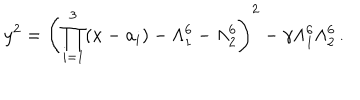
y ^ { 2 } = \left( \prod _ { i = 1 } ^ { 3 } ( x - a _ { i } ) - \Lambda _ { 1 } ^ { 6 } - \Lambda _ { 2 } ^ { 6 } \right) ^ { 2 } - \gamma \Lambda _ { 1 } ^ { 6 } \Lambda _ { 2 } ^ { 6 } \, .